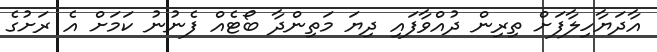
އާދަޔާހިލާފަށް ތިރިން ދުއްވާފައި ދިޔަ މަތިންދާ ބޯޓެއް ފެނުނު ކަމަށް އެ ރަށުގެ